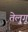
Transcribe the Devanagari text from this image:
तेलु्गू